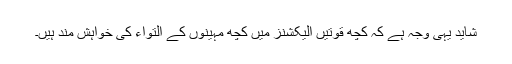
شاید یہی وجہ ہے کہ کچھ قوتیں الیکشنز میں کچھ مہینوں کے التواء کی خواہش مند ہیں۔